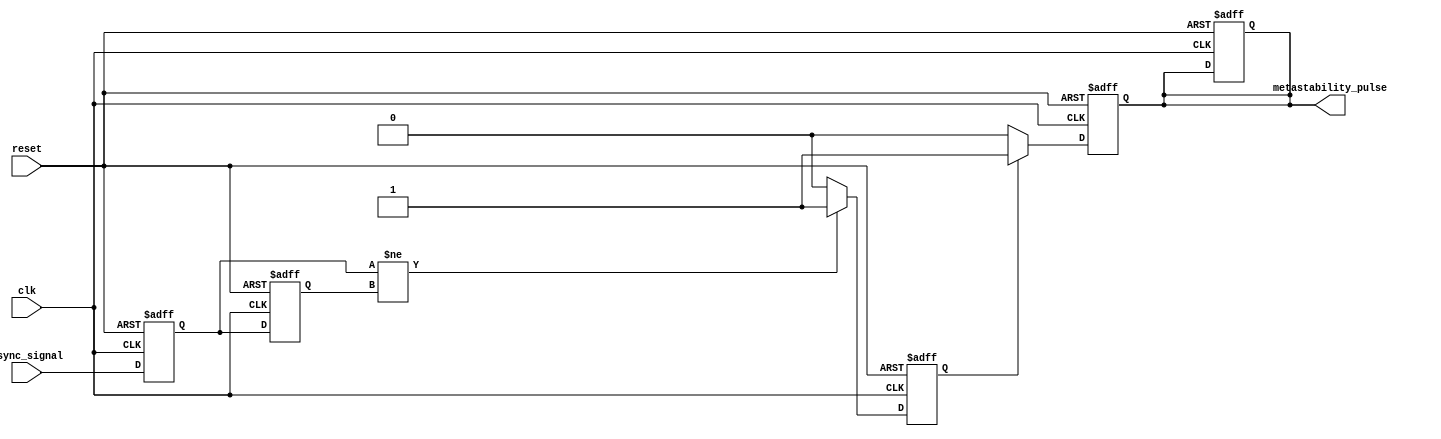
module metastability_detector (
    input wire clk,                // Clock signal
    input wire reset,              // Reset signal
    input wire async_signal,       // Asynchronous input signal
    output reg metastability_pulse  // Metastability indication pulse
);

    // Internal signals
    reg ff1, ff2;                  // Outputs of the two D flip-flops
    reg pulse_gen;                 // Intermediate pulse generation signal

    // D Flip-Flops
    always @(posedge clk or posedge reset) begin
        if (reset) begin
            ff1 <= 1'b0;
            ff2 <= 1'b0;
        end else begin
            ff1 <= async_signal;   // Sample the asynchronous signal
            ff2 <= ff1;            // Sample the output of the first flip-flop
        end
    end

    // Pulse Generation Logic
    always @(posedge clk or posedge reset) begin
        if (reset) begin
            pulse_gen <= 1'b0;
            metastability_pulse <= 1'b0;
        end else begin
            // Generate pulse if ff1 and ff2 are different
            if (ff1 != ff2) begin
                pulse_gen <= 1'b1;   // Assert pulse
            end else begin
                pulse_gen <= 1'b0;   // Deassert pulse
            end
        end
    end

    // Timing Logic for Pulse Duration
    always @(posedge clk or posedge reset) begin
        if (reset) begin
            metastability_pulse <= 1'b0;
        end else begin
            if (pulse_gen) begin
                metastability_pulse <= 1'b1; // Assert metastability pulse
            end else begin
                metastability_pulse <= 1'b0; // Deassert metastability pulse
            end
        end
    end

endmodule